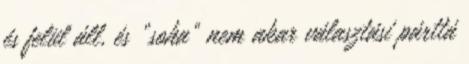
és felül áll, és „soha” nem akar választási párttá